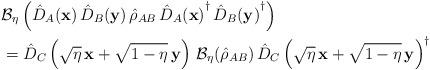
LaTeX: \begin{align*}&\mathcal{B}_\eta\left(\hat{D}_A(\mathbf{x})\,\hat{D}_B(\mathbf{y})\,\hat{\rho}_{AB}\,{\hat{D}_A(\mathbf{x})}^\dag\,{\hat{D}_B(\mathbf{y})}^\dag\right)\\&= \hat{D}_C\left(\sqrt{\eta}\,\mathbf{x} + \sqrt{1-\eta}\,\mathbf{y}\right)\,\mathcal{B}_\eta(\hat{\rho}_{AB})\,{\hat{D}_C\left(\sqrt{\eta}\,\mathbf{x} + \sqrt{1-\eta}\,\mathbf{y}\right)}^\dag\end{align*}